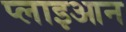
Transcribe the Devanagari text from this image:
प्लाइआन